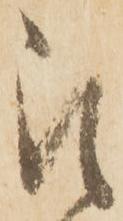
被